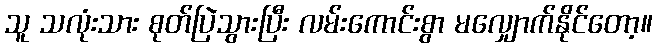
သူ သလုံးသား စုတ်ပြဲသွားပြီး လမ်းကောင်းစွာ မလျှောက်နိုင်တော့။